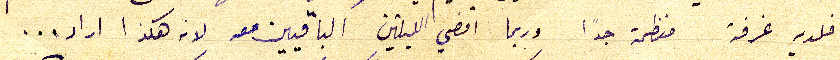
فلديه غرفة منظمة جدًا وربما اقضي الليلتين الباقيين معه لانه هكذا اراد...